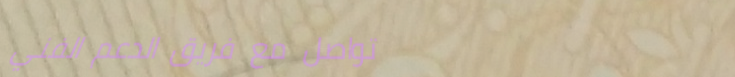
تواصل مع فريق الدعم الفني